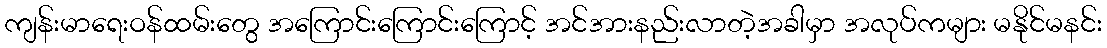
ကျန်းမာရေးဝန်ထမ်းတွေ အကြောင်းကြောင်းကြောင့် အင်အားနည်းလာတဲ့အခါမှာ အလုပ်ကများ မနိုင်မနင်း